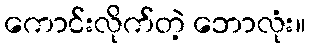
ကောင်းလိုက်တဲ့ ဘောလုံး။